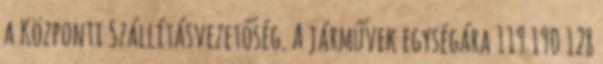
a Központi Szállításvezetőség. A járművek egységára 119 190 128